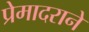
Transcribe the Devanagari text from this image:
प्रेमादराने